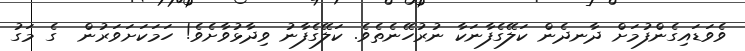
ވެވަޑައިގެންފުމަށް ދާނދެން ކަލޭގެފާނަކާ ނުރުހޭނެތެވެ. ކަލޭގެފާނު ވިދާޅުވާށެވެ! ހަމަކަށަވަރުން  ގެ މަގު